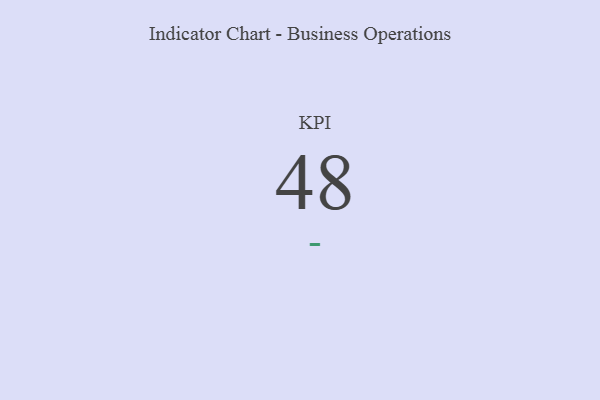
{"axis": {"x": "KPI", "y": "Value"}, "legend": [""], "data": [{"x": "KPI", "y": 48, "type": ""}]}